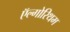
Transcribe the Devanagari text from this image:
ऍल्गोरिथम